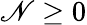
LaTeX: \mathscr{N}\geq0